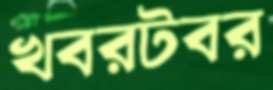
খবরটবর